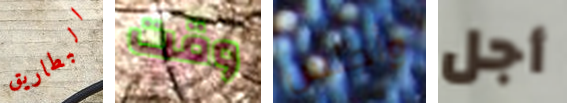
البطاريق وقت وأجلس أجل